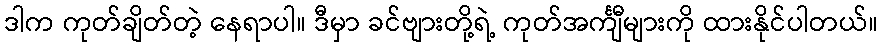
ဒါက ကုတ်ချိတ်တဲ့ နေရာပါ။ ဒီမှာ ခင်ဗျားတို့ရဲ့ ကုတ်အင်္ကျီများကို ထားနိုင်ပါတယ်။